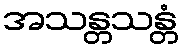
အသန္တသန္တံ